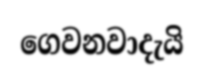
ගෙවනවාදැයි